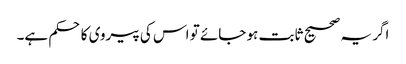
اگر یہ صحیح ثابت ہو جائے تو اس کی پیروی کا حکم ہے۔